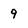
Character: 9